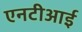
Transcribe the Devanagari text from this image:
एनटीआई